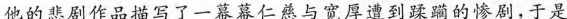
他的悲剧作品描写了一幕幕仁慈与宽厚遭到的惨剧，于是